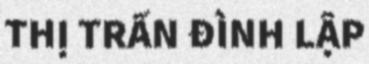
THỊ TRẤN ĐÌNH LẬP